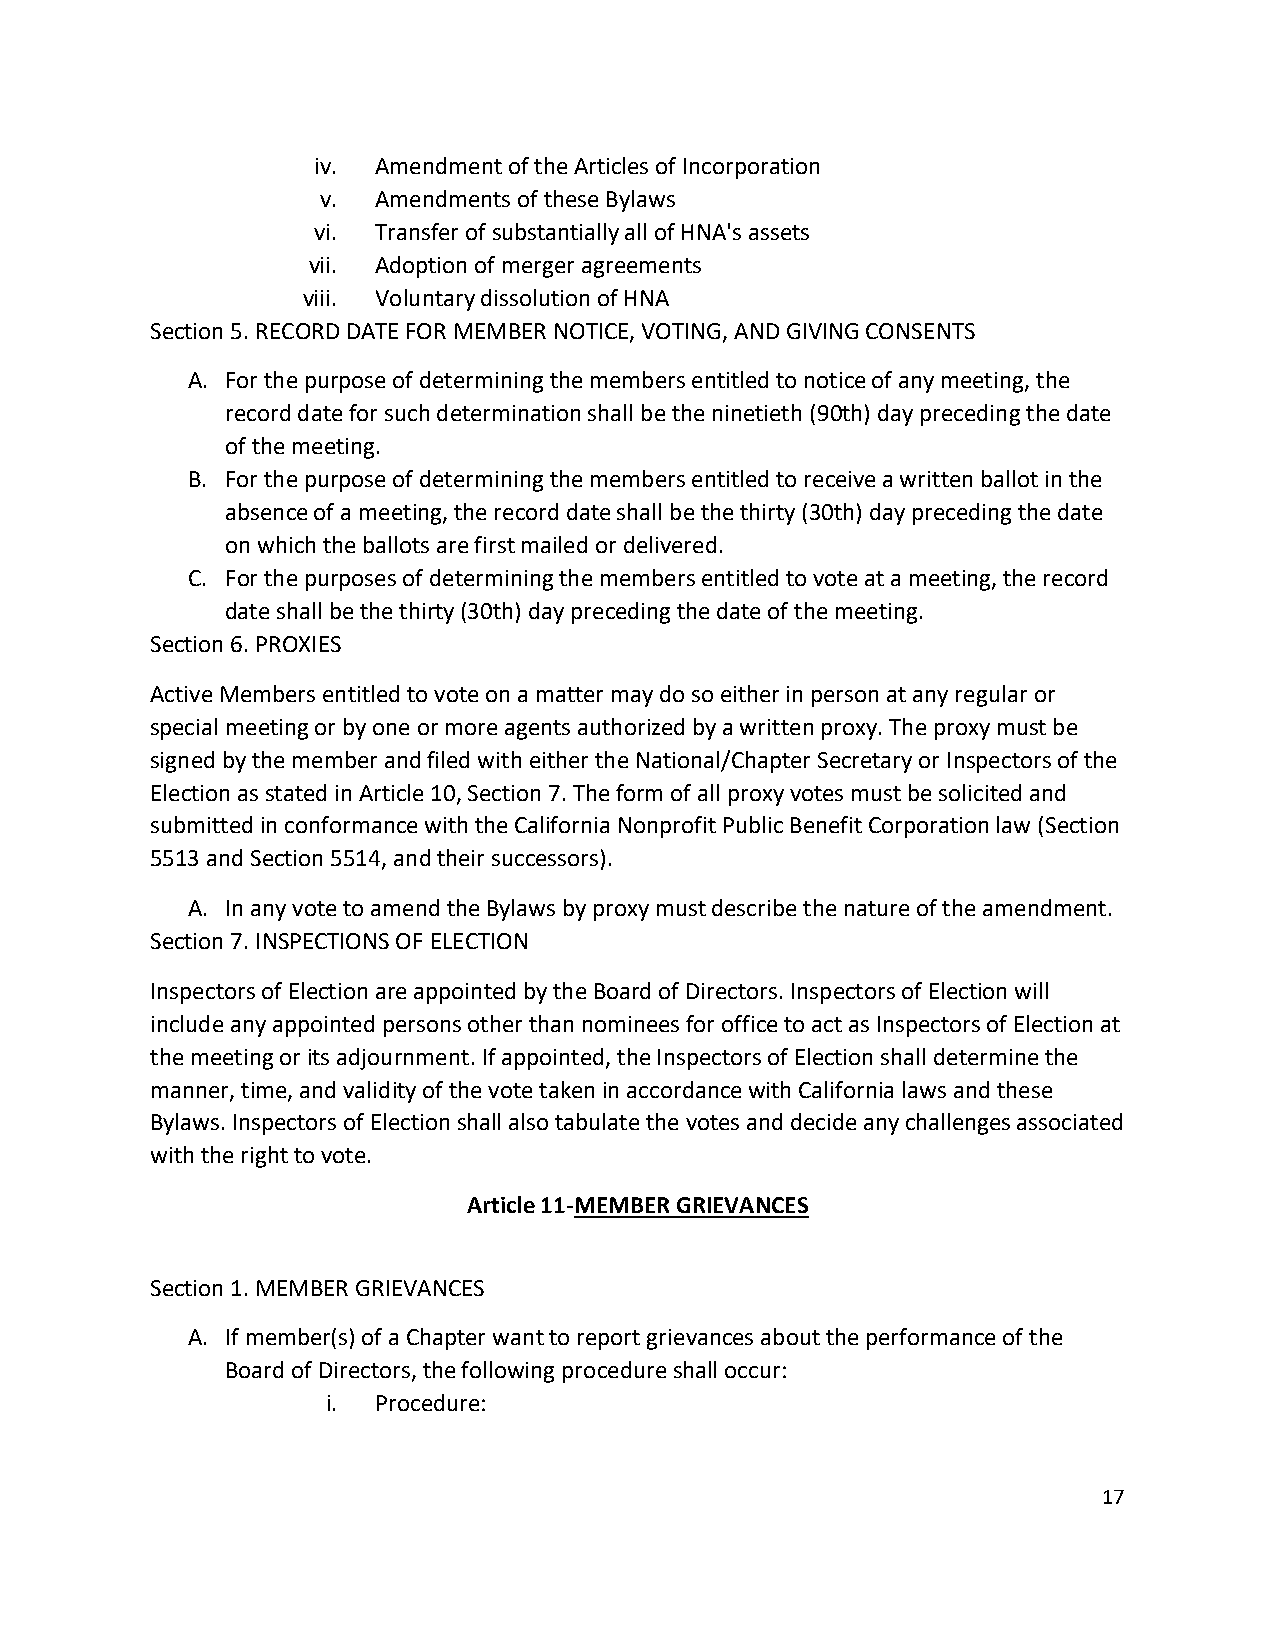
iv. Amendment of the Articles of Incorporation
 v.  Amendments of these Bylaws
 vi. Transfer of substantially all of HNA's assets
 vii. Adoption of merger agreements
 viii. Voluntary dissolution of HNA
 Section 5. RECORD DATE FOR MEMBER NOTICE, VOTING, AND GIVING CONSENTS
 A. For the purpose of determining the members entitled to notice of any meeting, the
 record date for such determination shall be the ninetieth (90th) day preceding the date
 of the meeting.
 B. For the purpose of determining the members entitled to receive a written ballot in the
 absence of a meeting, the record date shall be the thirty (30th) day preceding the date
 on which the ballots are first mailed or delivered.
 C. For the purposes of determining the members entitled to vote at a meeting, the record
 date shall be the thirty (30th) day preceding the date of the meeting.
 Section 6. PROXIES
 Active Members entitled to vote on a matter may do so either in person at any regular or
 special meeting or by one or more agents authorized by a written proxy. The proxy must be
 signed by the member and filed with either the National/Chapter Secretary or Inspectors of the
 Election as stated in Article 10, Section 7. The form of all proxy votes must be solicited and
 submitted in conformance with the California Nonprofit Public Benefit Corporation law (Section
 5513 and Section 5514, and their successors).
 A. In any vote to amend the Bylaws by proxy must describe the nature of the amendment.
 Section 7. INSPECTIONS OF ELECTION
 Inspectors of Election are appointed by the Board of Directors. Inspectors of Election will
 include any appointed persons other than nominees for office to act as Inspectors of Election at
 the meeting or its adjournment. If appointed, the Inspectors of Election shall determine the
 manner, time, and validity of the vote taken in accordance with California laws and these
 Bylaws. Inspectors of Election shall also tabulate the votes and decide any challenges associated
 with the right to vote.
 Article 11-MEMBER GRIEVANCES
 Section 1. MEMBER GRIEVANCES
 A. If member(s) of a Chapter want to report grievances about the performance of the
 Board of Directors, the following procedure shall occur:
 i. Procedure:
 17